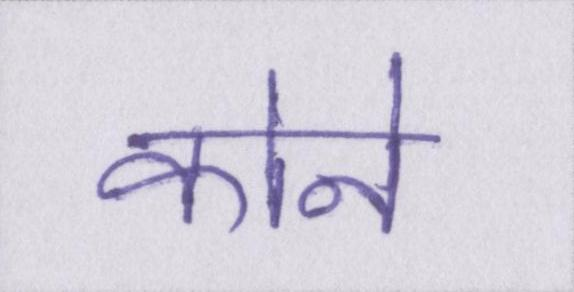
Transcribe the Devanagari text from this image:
कोने